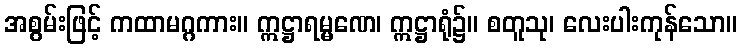
အစွမ်းဖြင့် ကထာမဂ္ဂကား။ ဣဋ္ဌာရမ္မဏေ၊ ဣဋ္ဌာရုံ၌။ စတူသု၊ လေးပါးကုန်သော။